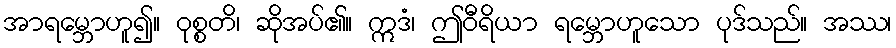
အာရမ္ဘောဟူ၍။ ဝုစ္စတိ၊ ဆိုအပ်၏။ ဣဒံ၊ ဤဝီရိယာ ရမ္ဘောဟူသော ပုဒ်သည်။ အဿ၊